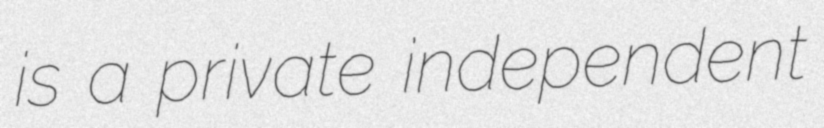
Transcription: is a private independent